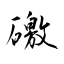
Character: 礉